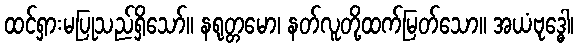
ထင်ရှားမပြုသည်ရှိသော်။ နရုတ္တမော၊ နတ်လူတို့ထက်မြတ်သော။ အယံဗုဒ္ဓေါ၊